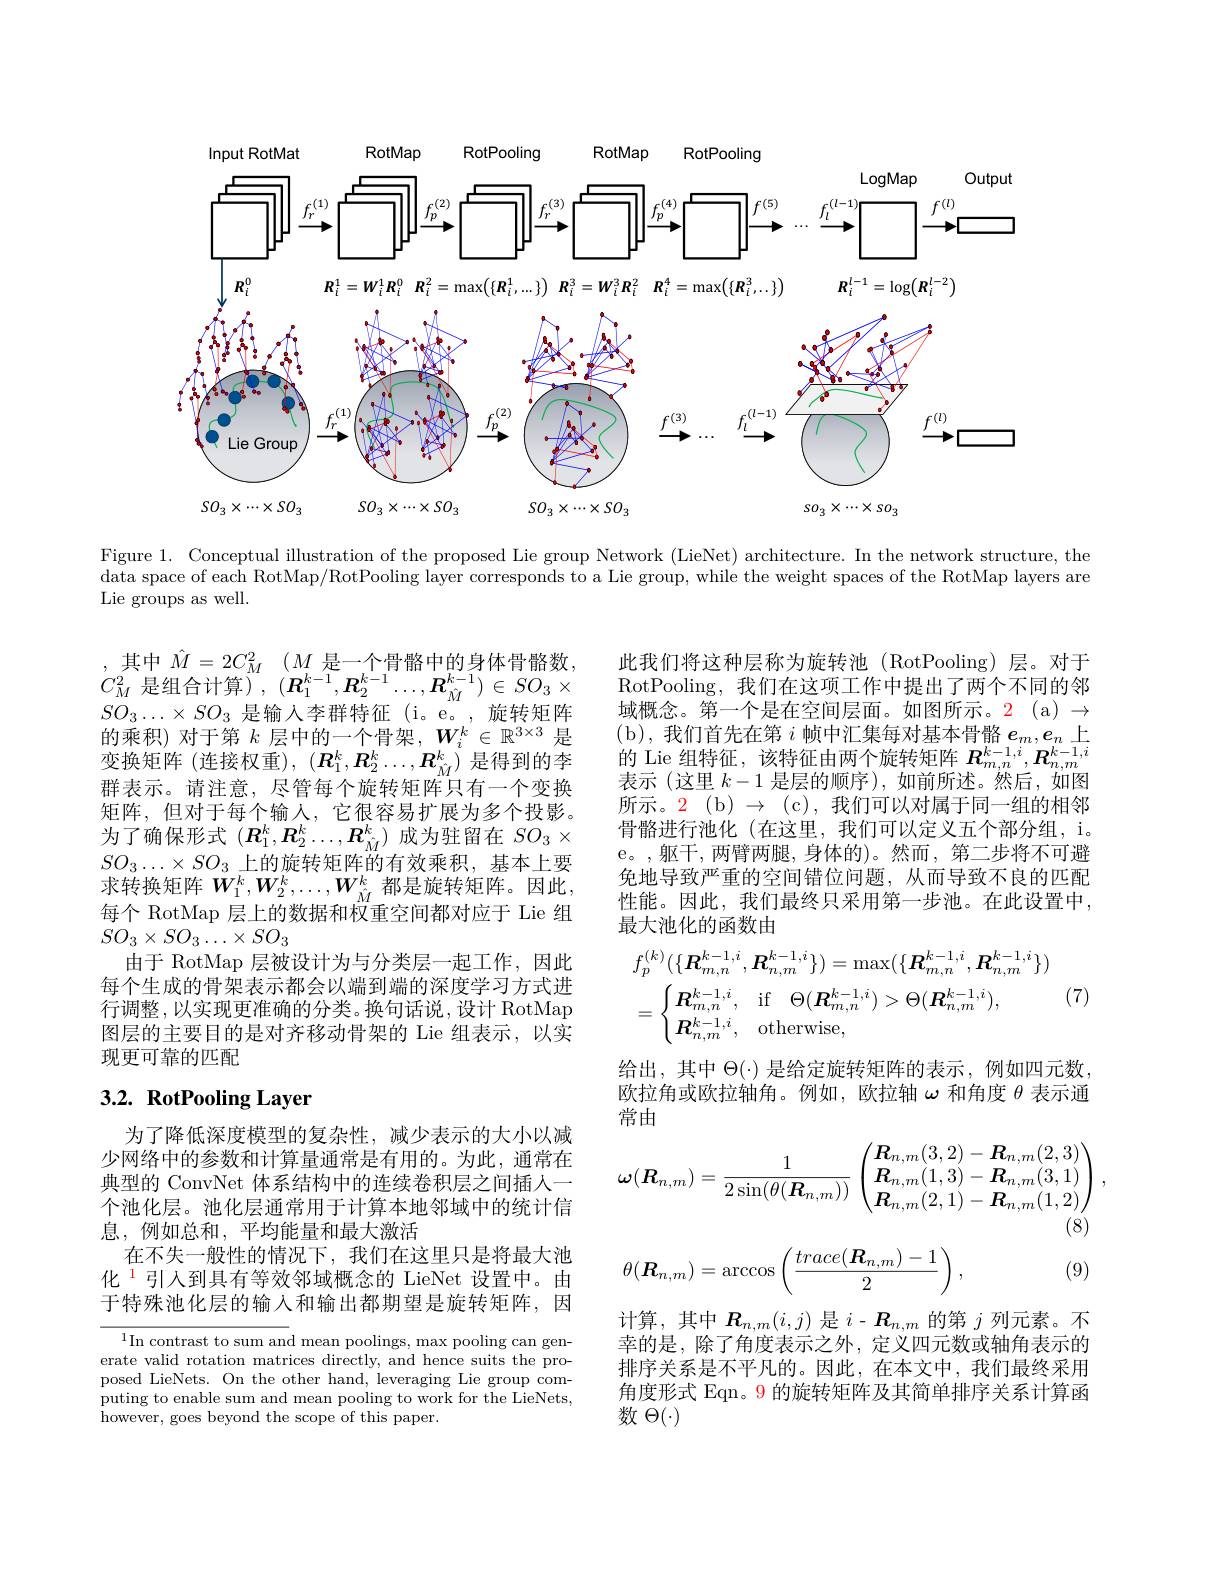
<FigureHere>

Figure 1. Conceptual illustration of the proposed Lie group Network (LieNet) architecture. In the network structure, the data space of each RotMap/RotPooling layer corresponds to a Lie group, while the weight spaces of the RotMap layers are Lie groups as well.

,其中$\hat{M} = 2C_M^2$ $( M$是一个骨骼中的身体骨骼数， $C_{M}^{2}$是组合计算) , $(\boldsymbol{R}_{1}^{k-1},\boldsymbol{R}_{2}^{k-1}\ldots,\boldsymbol{R}_{\hat{M}}^{k-1})\in SO_{3}\times$ $SO_3\ldots\times SO_3$是输入李群特征 (i。e。,旋转矩阵的乘积)对于第$k$层中的一个骨架，$W_i^k\in\mathbb{R}^3\times3$是变换矩阵 (连接权重), $(\boldsymbol{R}_1^k,\boldsymbol{R}_2^k\ldots,\boldsymbol{R}_{\hat{M}}^k)$是得到的李群表示。请注意，尽管每个旋转矩阵只有一个变换矩阵，但对于每个输入，它很容易扩展为多个投影。为了确保形式$(\boldsymbol R_1^k,\boldsymbol{R}_2^k\ldots,\boldsymbol{R}_{\hat{M}}^k)$成为驻留在$SO_3\times$ $SO_3\ldots\times SO_3$上的旋转矩阵的有效乘积，基本上要求转换矩阵 $W_1^k,W_2^k,\ldots,W_{\hat{M}}^k$ 都是旋转矩阵。因此， 每个 RotMap 层上的数据和权重空间都对应于 Lie 组$SO_3\times SO_3\ldots\times SO_3$
由于 RotMap 层被设计为与分类层一起工作，因此每个生成的骨架表示都会以端到端的深度学习方式进行调整，以实现更准确的分类。换句话说，设计 RotMap 图层的主要目的是对齐移动骨架的 Lie 组表示，以实现更可靠的匹配

# $3. 2. \textbf{ RotPooling Layer}$

为了降低深度模型的复杂性，减少表示的大小以减少网络中的参数和计算量通常是有用的。为此，通常在典型的 ConvNet 体系结构中的连续卷积层之间插人一个池化层。池化层通常用于计算本地邻域中的统计信息，例如总和，平均能量和最大激活
在不失一般性的情况下，我们在这里只是将最大池化$^{\color{red}{1}}$引入到具有等效邻域概念的 LieNet 设置中。由于特殊池化层的输入和输出都期望是旋转矩阵，因

$^{1}$In contrast to sum and mean poolings, max pooling can generate valid rotation matrices directly, and hence suits the proposed LieNets. On the other hand, leveraging Lie group computing to enable sum and mean pooling to work for the LieNets, however, goes beyond the scope of this paper.

此我们将这种层称为旋转池(RotPooling)层。对于RotPooling, 我们在这项工作中提出了两个不同的邻域概念。第一个是在空间层面。如图所示。2(a) $\to$ ( b) , 我们首先在第$i$帧中汇集每对基本骨骼$e_m,e_n$上的 Lie 组特征，该特征由两个旋转矩阵$R_{m,n}^{k-1,i},R_{n,m}^{k-1,i}$ 表示(这里$k-1$是层的顺序),如前所述。然后，如图所示。2( b) $\to$( c) , 我们可以对属于同一组的相邻骨骼进行池化 (在这里，我们可以定义五个部分组，i。e。,躯干，两臂两腿，身体的)。然而，第二步将不可避免地导致严重的空间错位问题，从而导致不良的匹配性能。因此，我们最终只采用第一步池。在此设置中， 最大池化的函数由
$$\begin{aligned}&f_{p}^{(k)}(\{\boldsymbol{R}_{m,n}^{k-1,i},\boldsymbol{R}_{n,m}^{k-1,i}\})=\max(\{\boldsymbol{R}_{m,n}^{k-1,i},\boldsymbol{R}_{n,m}^{k-1,i}\})\\&=\begin{cases}\boldsymbol{R}_{m,n}^{k-1,i},&\text{if}\quad\Theta(\boldsymbol{R}_{m,n}^{k-1,i})>\Theta(\boldsymbol{R}_{n,m}^{k-1,i}),\\\boldsymbol{R}_{n,m}^{k-1,i},&\text{otherwise,}\end{cases}\end{aligned}$$
(7)

给出，其中$\Theta(\cdot)$是给定旋转矩阵的表示，例如四元数欧拉角或欧拉轴角。例如，欧拉轴$\omega$和角度$\theta$表示通常由
$$\omega(\boldsymbol{R}_{n,m})=\frac{1}{2\sin(\theta(\boldsymbol{R}_{n,m}))}\begin{pmatrix}\boldsymbol{R}_{n,m}(3,2)-\boldsymbol{R}_{n,m}(2,3)\\\boldsymbol{R}_{n,m}(1,3)-\boldsymbol{R}_{n,m}(3,1)\\\boldsymbol{R}_{n,m}(2,1)-\boldsymbol{R}_{n,m}(1,2)\end{pmatrix},$$
$$\theta(\boldsymbol{R}_{n,m})=\arccos\left(\frac{trace(\boldsymbol{R}_{n,m})-1}{2}\right),$$
(9)

计算，其中$\boldsymbol R_n,m(i,j)$是$i-\boldsymbol R_n,m$的第$j$列元素。不幸的是，除了角度表示之外，定义四元数或轴角表示的排序关系是不平凡的。因此，在本文中，我们最终采用角度形式 Eqn。9 的旋转矩阵及其简单排序关系计算函数$\Theta(\cdot)$